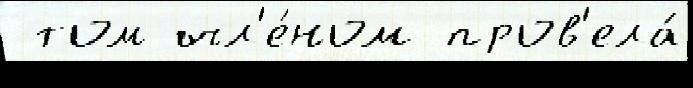
 том чл'е́ном пров'ела́